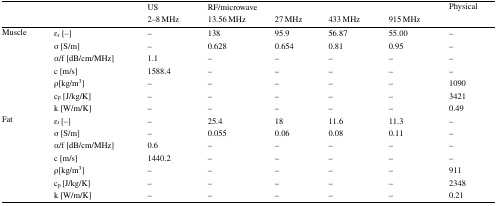
| <ROWSPAN=2-COLSPAN=2>  | US | <COLSPAN=4> RF/microwave | <ROWSPAN=2> Physical |
 | 2–8 MHz | 13.56 MHz | 27 MHz | 433 MHz | 915 MHz |
 | --- | --- | --- | --- | --- | --- | --- | --- |
 | <ROWSPAN=7> Muscle | εr [−] | – | 138 | 95.9 | 56.87 | 55.00 | – |
 | σ [S/m] | – | 0.628 | 0.654 | 0.81 | 0.95 | – |
 | α/f [dB/cm/MHz] | 1.1 | – | – | – | – | – |
 | c [m/s] | 1588.4 | – | – | – | – | – |
 | ρ[kg/m3] | – | – | – | – | – | 1090 |
 | cp [J/kg/K] | – | – | – | – | – | 3421 |
 | k [W/m/K] | – | – | – | – | – | 0.49 |
 | <ROWSPAN=7> Fat | εr [−] | – | 25.4 | 18 | 11.6 | 11.3 | – |
 | σ [S/m] | – | 0.055 | 0.06 | 0.08 | 0.11 | – |
 | α/f [dB/cm/MHz] | 0.6 | – | – | – | – | – |
 | c [m/s] | 1440.2 | – | – | – | – | – |
 | ρ[kg/m3] | – | – | – | – | – | 911 |
 | cp [J/kg/K] | – | – | – | – | – | 2348 |
 | k [W/m/K] | – | – | – | – | – | 0.21 |